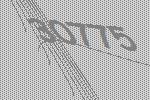
30775